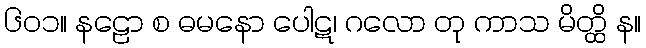
၆၀၁။ နဠော စ ဓမနော ပေါဋ၊ ဂလော တု ကာသ မိတ္ထိ န။